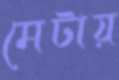
মেটায়